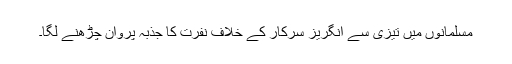
مسلمانوں میں تیزی سے انگریز سرکار کے خلاف نفرت کا جذبہ پروان چڑھنے لگا۔